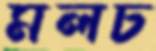
মলচ